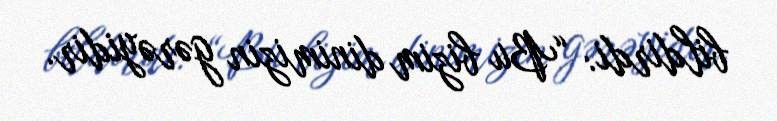
bildirdi: “Bu bizim dinimizin gərəyidir.